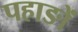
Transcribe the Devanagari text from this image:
पहाङों